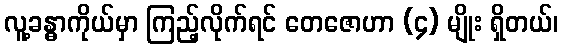
လူ့ခန္ဓာကိုယ်မှာ ကြည့်လိုက်ရင် တေဇောဟာ (၄) မျိုး ရှိတယ်၊